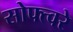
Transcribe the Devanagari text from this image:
सोफ्त्वरे